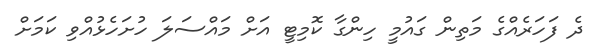
ދެ ފަހަރެއްގެ މަތިން ގައުމީ ހިންގާ ކޮމިޓީ އަށް މައްސަލަ ހުށަހެޅުއްވި ކަމަށް